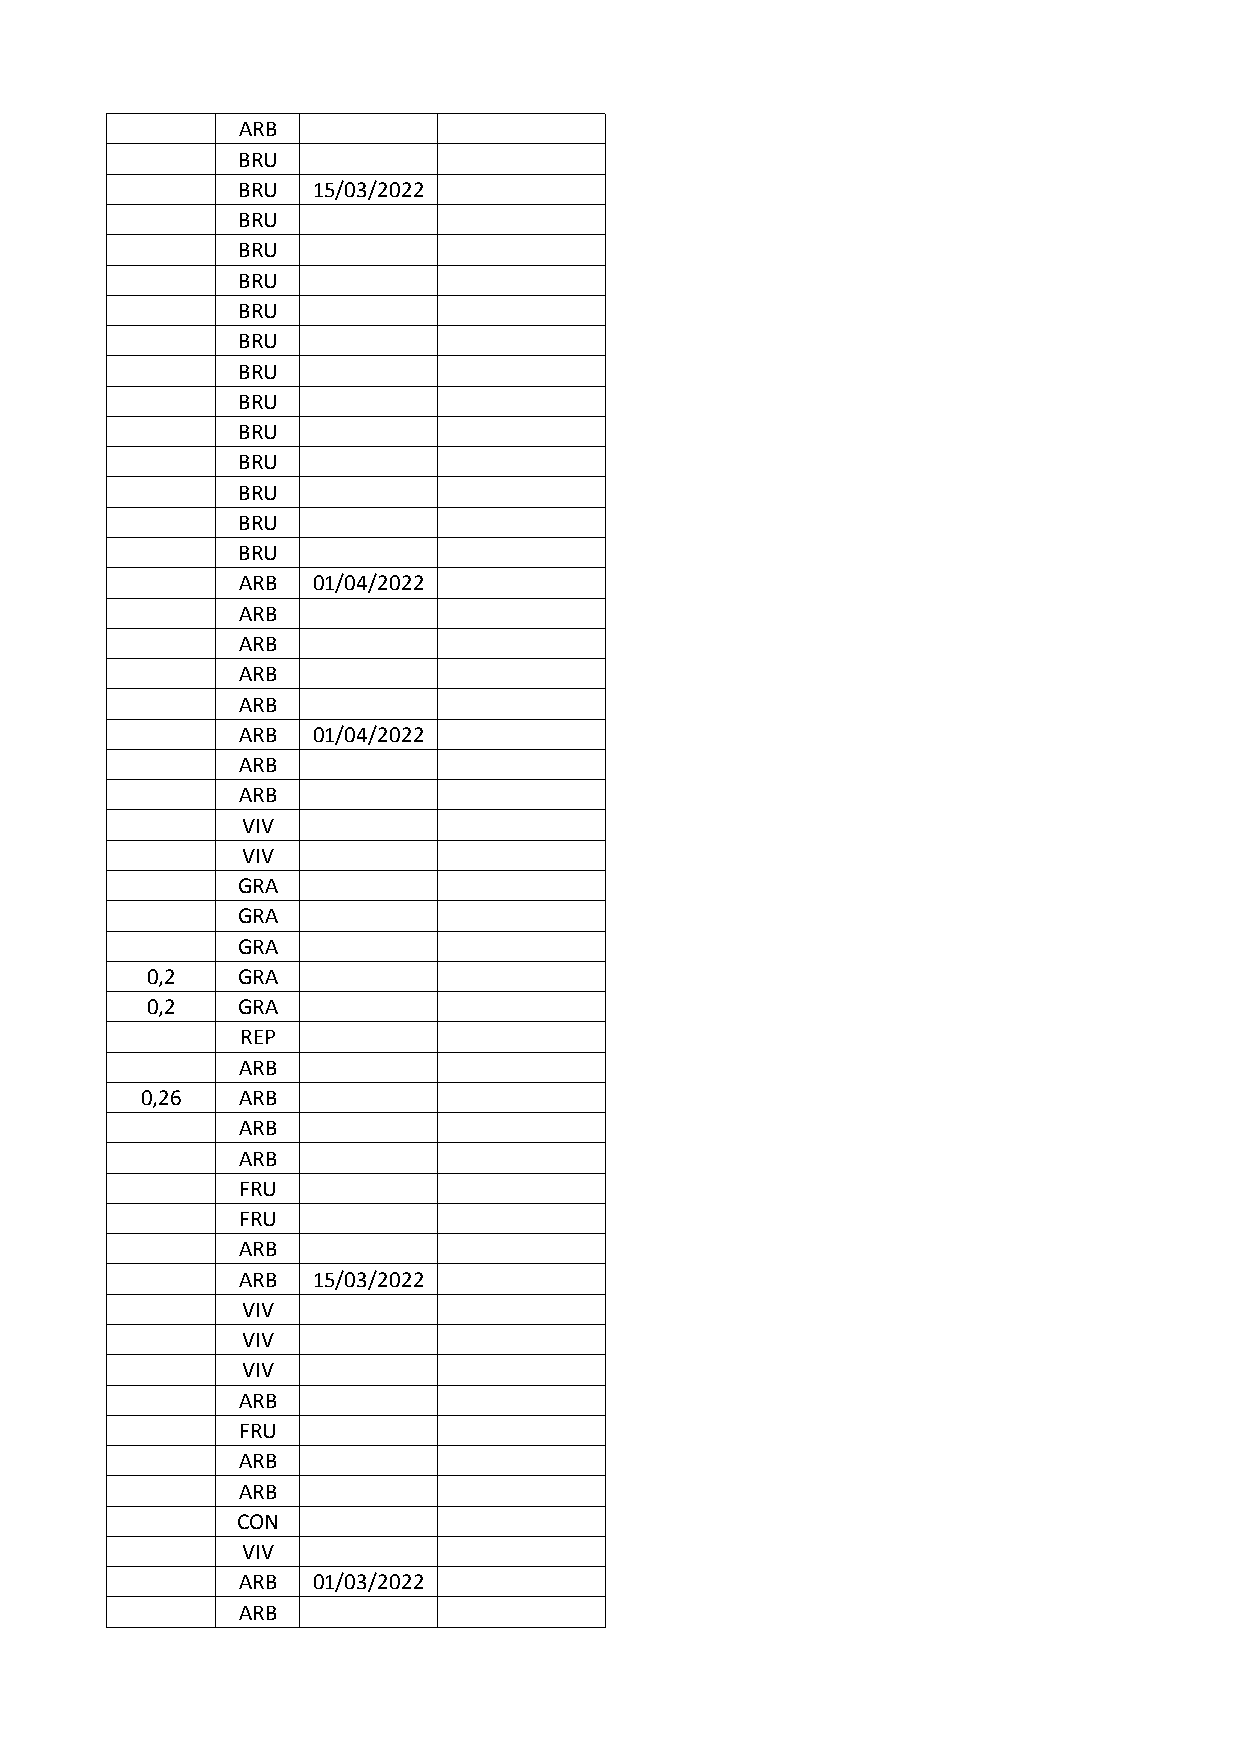
ARB
 BRU
 BRU  15/03/2022
 BRU
 BRU
 BRU
 BRU
 BRU
 BRU
 BRU
 BRU
 BRU
 BRU
 BRU
 BRU
 ARB  01/04/2022
 ARB
 ARB
 ARB
 ARB
 ARB  01/04/2022
 ARB
 ARB
 VIV
 VIV
 GRA
 GRA
 GRA
 0,2   GRA
 0,2   GRA
 REP
 ARB
 0,26   ARB
 ARB
 ARB
 FRU
 FRU
 ARB
 ARB  15/03/2022
 VIV
 VIV
 VIV
 ARB
 FRU
 ARB
 ARB
 CON
 VIV
 ARB  01/03/2022
 ARB